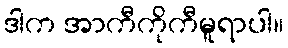
ဒါက အာကီကိုကီမူရာပါ။